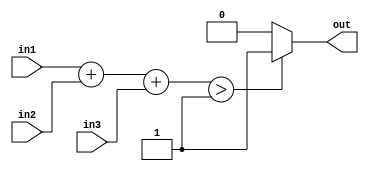
//
module judge3(in1,in2,in3,out);
    input in1,in2,in3;
    output out;
    reg out;
    reg[2:0] temp;
    always@(in1,in2,in3)
    begin
        temp = in1 + in2 + in3;
        if(temp > 2'b01) out=1;
        else out=0;
    end
endmodule